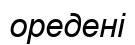
оредені